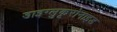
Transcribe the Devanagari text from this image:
डाइग्लुकूरोनाइड